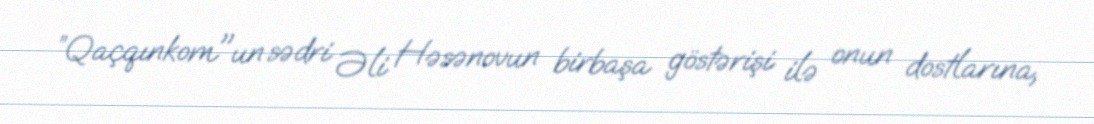
”Qaçqınkom"un sədri Əli Həsənovun birbaşa göstərişi ilə onun dostlarına,